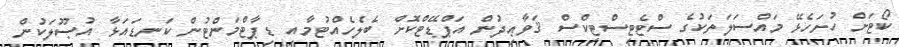
ކޯޓަށް ހުށަހެޅޭ މައްސަލަތަކުގެ ސްޓެޓިސްޓިކްސް ޤަވާޢިދުން އަޕްޑޭޓްކޮށް ބެލެހެއްޓުމާއި ޑިޕާޓްމަންޓުން ކަނޑައަޅާ އުޞޫލަކުން